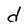
Character: d